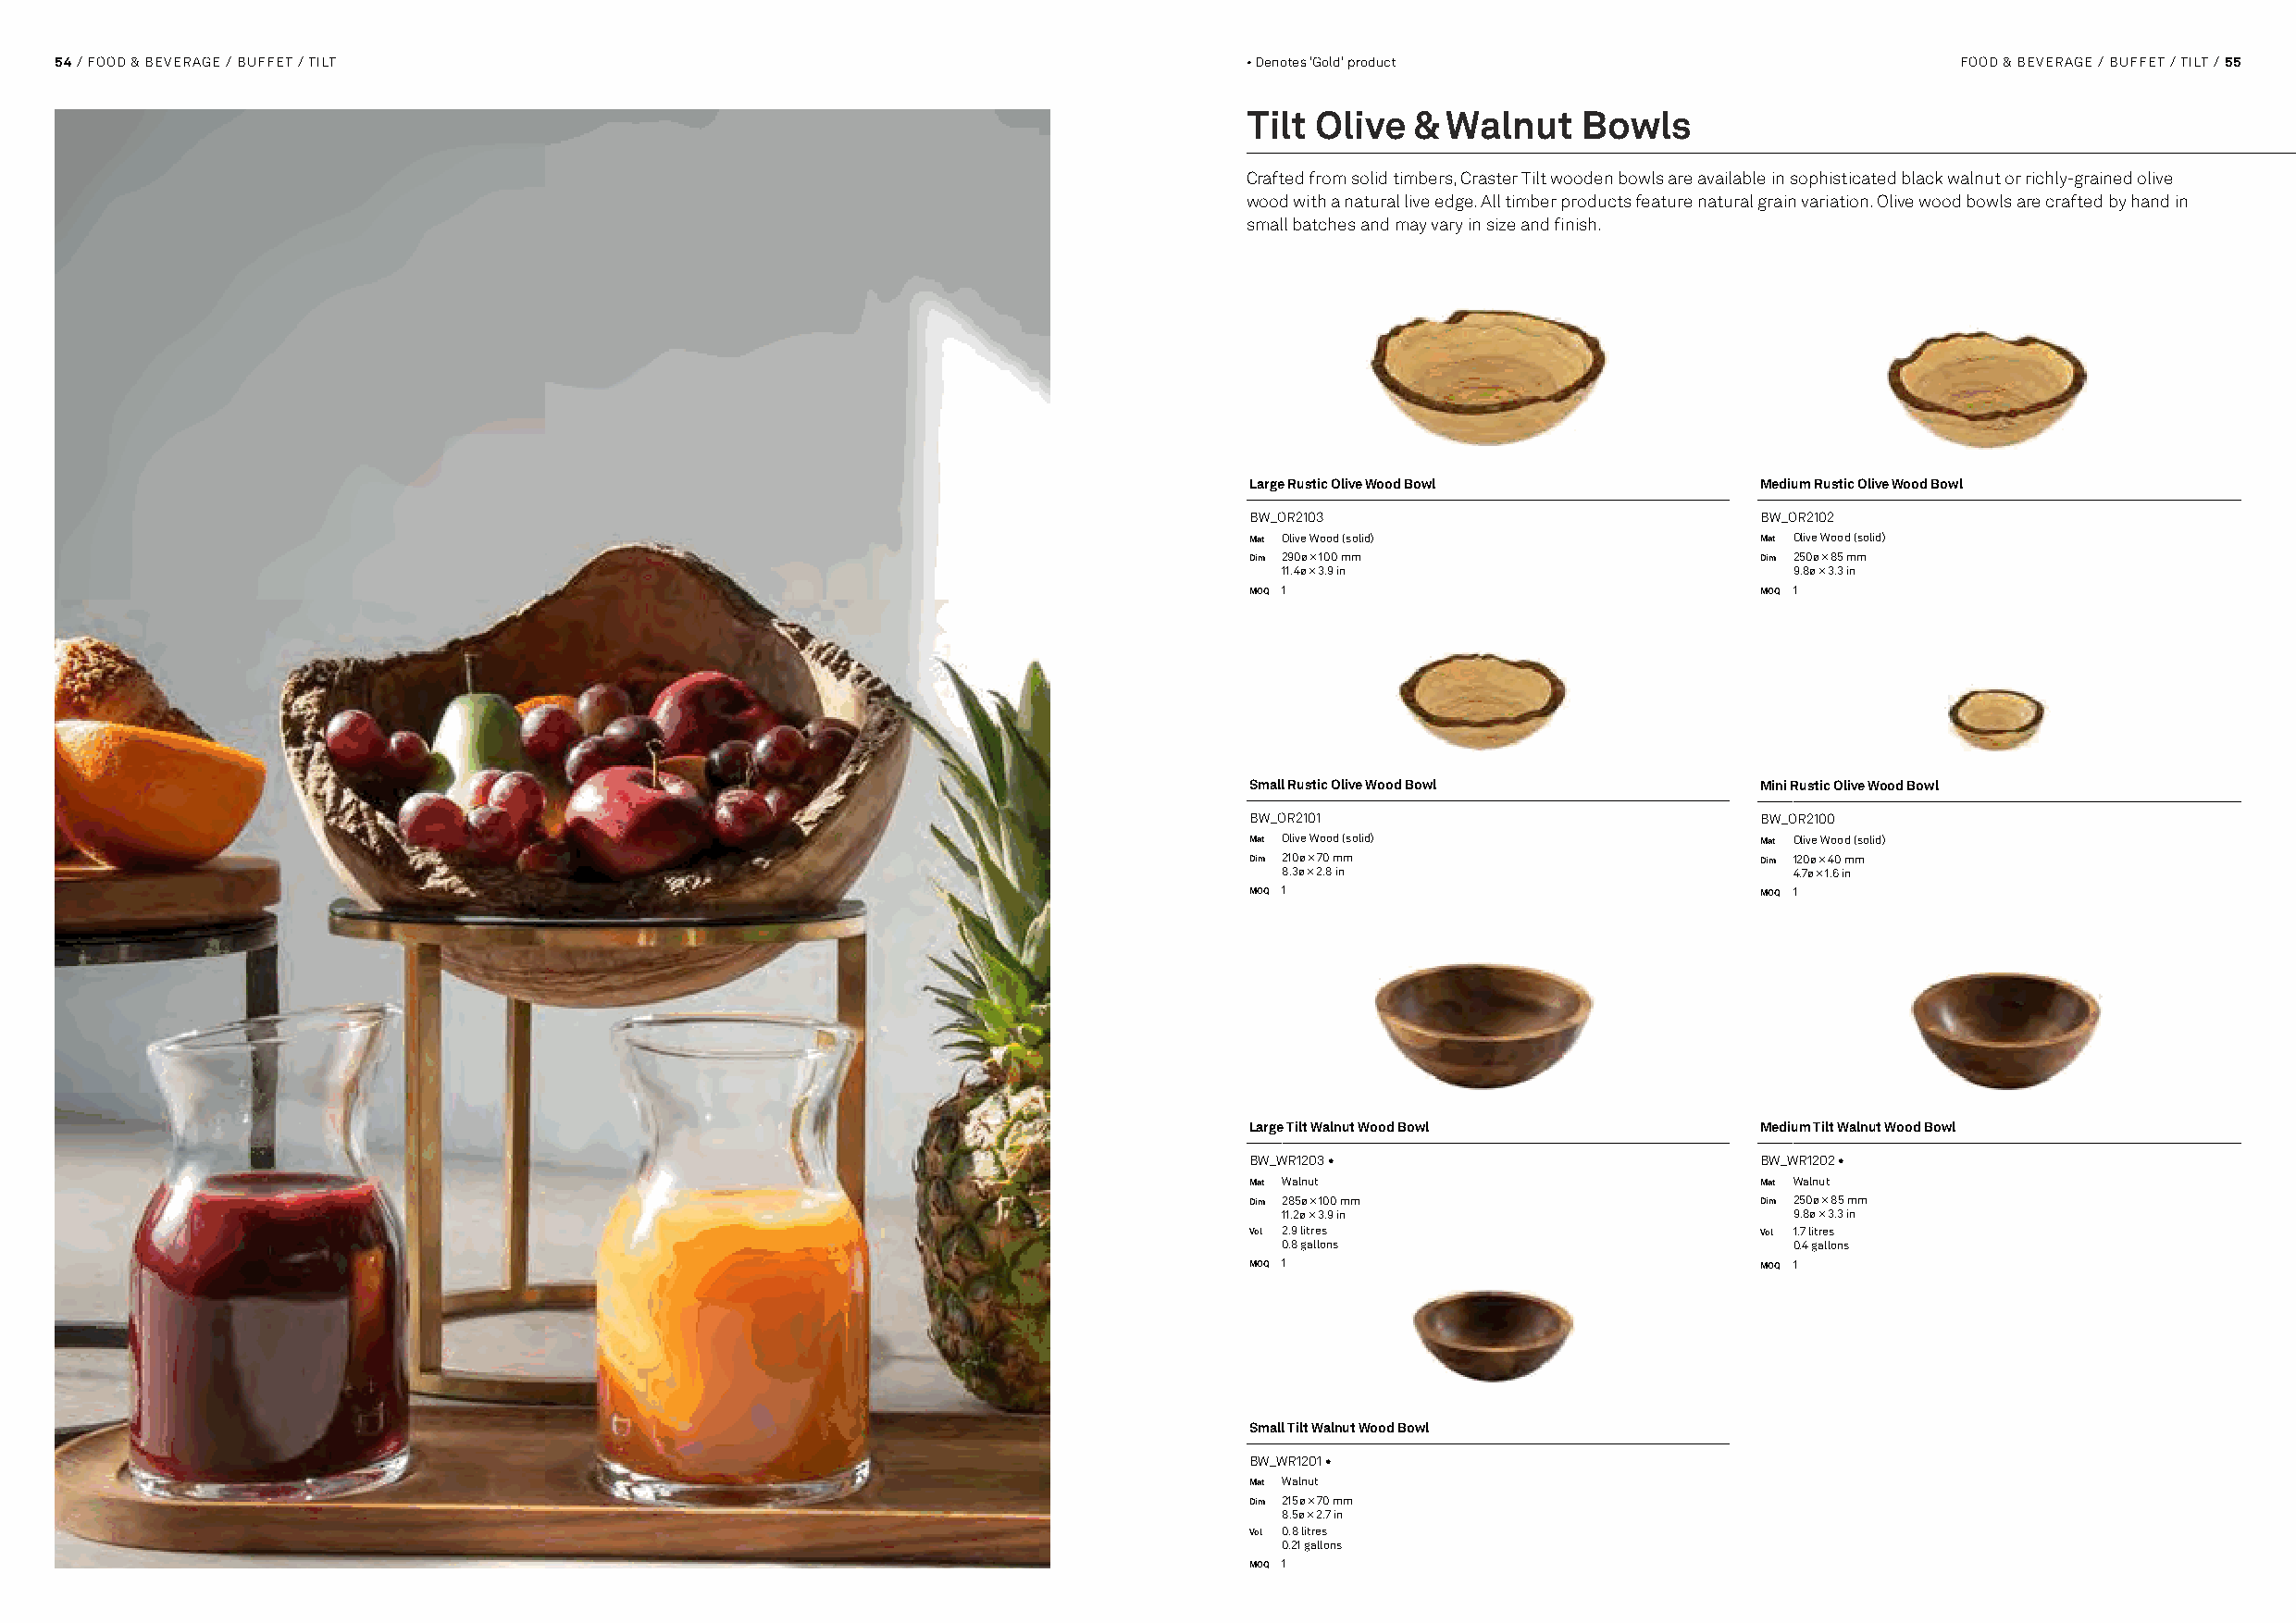
5544 // FFOOOODD && BBEEVVEERRAAGGEE // BBUUFFFFEETT // TFILLOTW                     • Denotes 'Gold' product                          FOFOODO D& &B EBVEEVREARGAEG E/ B/ UBFUFFEFTE T/ F/ LTOILWT // 5555
 Tilt Olive  & Walnut    Bowls
 Crafted from solid timbers, Craster Tilt wooden bowls are available in sophisticated black walnut or richly-grained olive
 wood with a natural live edge. All timber products feature natural grain variation. Olive wood bowls are crafted by hand in
 small batches and may vary in size and finish.
 Large Rustic Olive Wood Bowl         Medium Rustic Olive Wood Bowl
 BW_OR2103                            BW_OR2102
 Mat Olive Wood (solid)               Mat Olive Wood (solid)
 Dim 290ø × 100 mm                    Dim 250ø × 85 mm
 11.4ø × 3.9 in                      9.8ø × 3.3 in
 MOQ 1                                MOQ 1
 Small Rustic Olive Wood Bowl         Mini Rustic Olive Wood Bowl
 BW_OR2101                            BW_OR2100
 Mat Olive Wood (solid)               Mat Olive Wood (solid)
 Dim 210ø × 70 mm                     Dim 120ø × 40 mm
 8.3ø × 2.8 in                       4.7ø × 1.6 in
 MOQ 1                                MOQ 1
 Large Tilt Walnut Wood Bowl          Medium Tilt Walnut Wood Bowl
 BW_WR1203 •                          BW_WR1202 •
 Mat Walnut                           Mat Walnut
 Dim 285ø × 100 mm                    Dim 250ø × 85 mm
 11.2ø × 3.9 in                      9.8ø × 3.3 in
 Vol 2.9 litres                       Vol 1.7 litres
 0.8 gallons                         0.4 gallons
 MOQ 1                                MOQ 1
 Small Tilt Walnut Wood Bowl
 BW_WR1201 •
 Mat Walnut
 Dim 215ø × 70 mm
 8.5ø × 2.7 in
 Vol 0.8 litres
 0.21 gallons
 MOQ 1